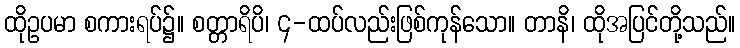
ထိုဥပမာ စကားရပ်၌။ စတ္တာရိပိ၊ ၄-ထပ်လည်းဖြစ်ကုန်သော။ တာနိ၊ ထိုအပြင်တို့သည်။